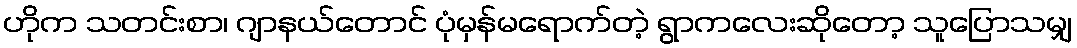
ဟိုက သတင်းစာ၊ ဂျာနယ်တောင် ပုံမှန်မရောက်တဲ့ ရွာကလေးဆိုတော့ သူပြောသမျှ